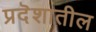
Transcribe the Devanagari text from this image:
प्रदॆशातील